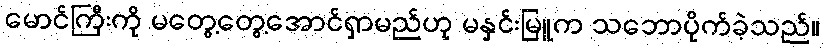
မောင်ကြီးကို မတွေ့တွေ့အောင်ရှာမည်ဟု မနှင်းမြူက သဘောပိုက်ခဲ့သည်။